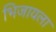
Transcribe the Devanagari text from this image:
भिजायला